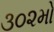
૩૦૨મો